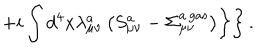
\left. \left. + i \int d ^ { 4 } x \lambda _ { \mu \nu } ^ { a } \left( S _ { \mu \nu } ^ { a } - \Sigma _ { \mu \nu } ^ { a { \, } \mathrm { g a s } } \right) \right\} \right\} .